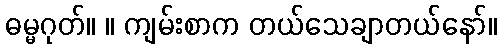
ဓမ္မဂုတ်။ ။ ကျမ်းစာက တယ်သေချာတယ်နော်။